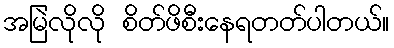
အမြဲလိုလို စိတ်ဖိစီးနေရတတ်ပါတယ်။